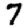
Digit: 7